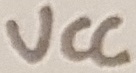
Text: VCC